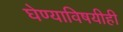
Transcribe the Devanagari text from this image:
घेण्याविषयीही